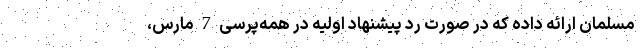
مسلمان ارائه داده که در صورت رد پیشنهاد اولیه در همه‌پرسی 7 مارس،